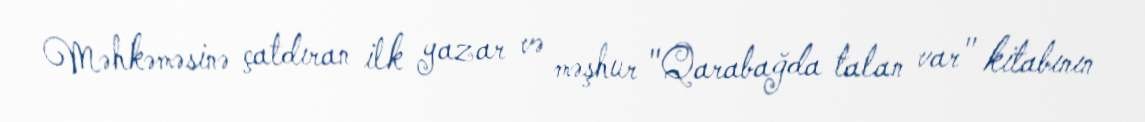
Məhkəməsinə çatdıran ilk yazar və məşhur "Qarabağda talan var" kitabının